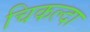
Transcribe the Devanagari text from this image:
चिकल्दा